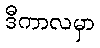
ဒီကာလမှာ